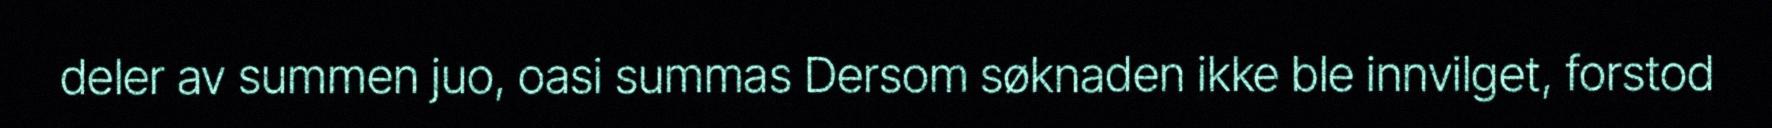
deler av summen juo, oasi summas Dersom søknaden ikke ble innvilget, forstod